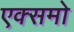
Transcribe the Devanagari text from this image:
एक्समो